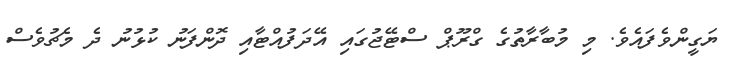
ޔަގީންވެފައެވެ. މި މުބާރާތުގެ ގްރޫޕް ސްޓޭޖުގައި އޭދަފުއްޓާއި ދޮންފަނު ކުޅުނު ދެ މެޗުވެސް